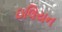
ઇલિયન